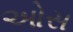
ઓસ